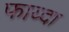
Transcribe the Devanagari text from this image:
फाय्दा